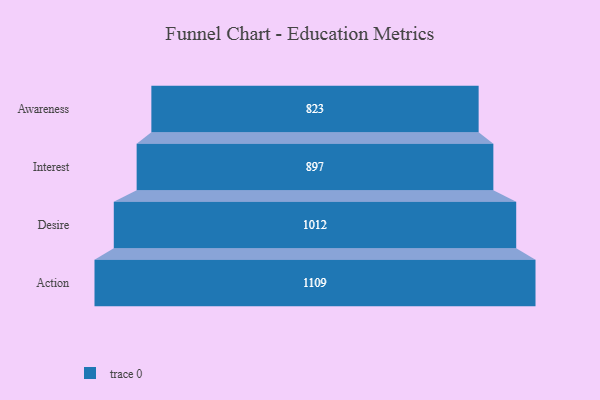
{"axis": {"x": "Stage", "y": "Value"}, "legend": [""], "data": [{"x": "Awareness", "y": 823.0, "type": ""}, {"x": "Interest", "y": 897.0, "type": ""}, {"x": "Desire", "y": 1012.0, "type": ""}, {"x": "Action", "y": 1109.0, "type": ""}]}